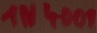
Text: 1N4001